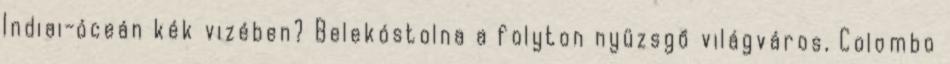
Indiai-óceán kék vizében? Belekóstolna a folyton nyüzsgő világváros, Colombo